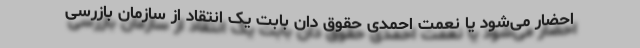
احضار می‌شود یا نعمت احمدی حقوق دان بابت یک انتقاد از سازمان بازرسی